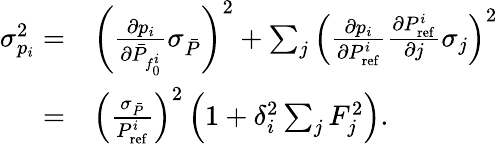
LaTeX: \begin{array}{rl}{\sigma_{p_{i}}^{2}=}&{\left(\frac{\partial p_{i}}{\partial\bar{P}_{f_{0}^{i}}}\sigma_{\bar{P}}\right)^{2}+\sum_{j}\left(\frac{\partial p_{i}}{\partial P_{\mathrm{ref}}^{i}}\frac{\partial P_{\mathrm{ref}}^{i}}{\partial j}\sigma_{j}\right)^{2}}\\ {=}&{\left(\frac{\sigma_{\bar{P}}}{P_{\mathrm{ref}}^{i}}\right)^{2}\left(1+\delta_{i}^{2}\sum_{j}F_{j}^{2}\right).}\end{array}